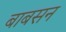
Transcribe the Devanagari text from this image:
बाबसन